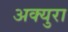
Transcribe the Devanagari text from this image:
अक्युरा